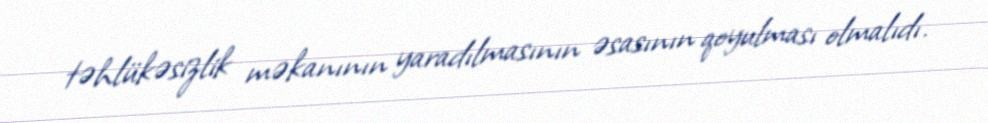
təhlükəsizlik məkanının yaradılmasının əsasının qoyulması olmalıdı.